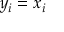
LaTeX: y _ { i } = x _ { i }